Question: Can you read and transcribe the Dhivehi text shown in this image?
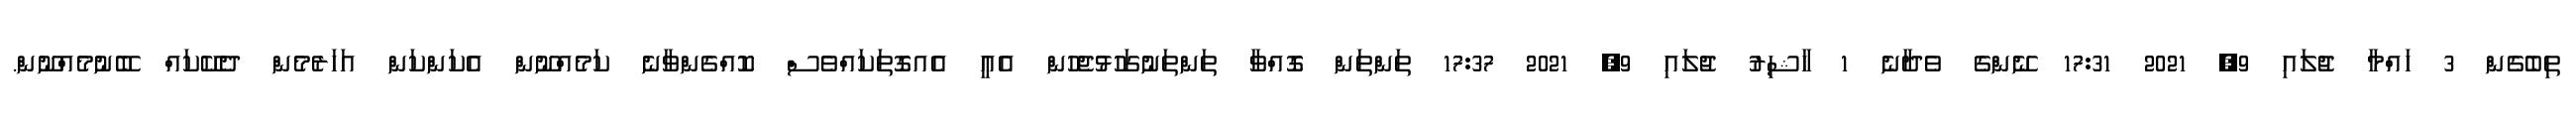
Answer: ތިބެގެން 3 ހައްމާ ޖުލައި 9, 2021 17:31 ނޭންގެ ވެދާނެ 1 ހާޝިރު ޖުލައި 9, 2021 17:37 ތަންތަން ގޮއްވާ ތަންތަނުގަހުޅުޖެހުން އެއީ އެއގޮތަކައްވެސް ކޮއްގެންވާނެ ކަމެއްނޫން އެކަންކަން އަހަރެމެން ދެކޭކައް ބޭނުމެއްނޫން.